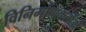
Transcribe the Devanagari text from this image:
विनिर्माणकर्ताओं